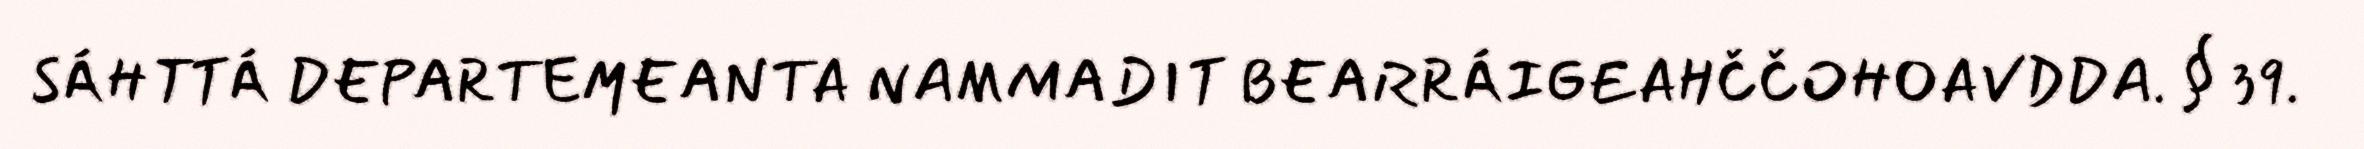
SÁHTTÁ DEPARTEMEANTA NAMMADIT BEARRÁIGEAHČČOHOAVDDA. § 39.